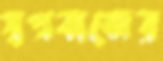
স্বপ্নবাজের